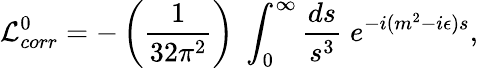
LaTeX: {\cal L}_{corr}^{0}=-\left({\frac{1}{32\pi^{2}}}\right)\; \int_{0}^{\infty}{\frac{ds}{s^{3}}}\; e^{-i(m^{2}-i\epsilon)s},